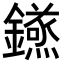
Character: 𮣝